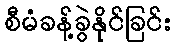
စီမံခန့်ခွဲနိုင်ခြင်း